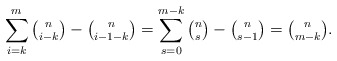
\begin{align*}\sum_{i=k}^{m}\tbinom{n}{i-k}-\tbinom{n}{i-1-k} = \sum_{s=0}^{m-k}\tbinom{n}{s}-\tbinom{n}{s-1}=\tbinom{n}{m-k}.\end{align*}